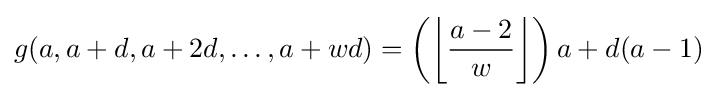
g(a,a+d,a+2d,\dots ,a+wd)=\left(\left\lfloor {\frac {a-2}{w}}\right\rfloor \right)a+d(a-1)